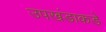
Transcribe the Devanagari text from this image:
उपखंडाकडे